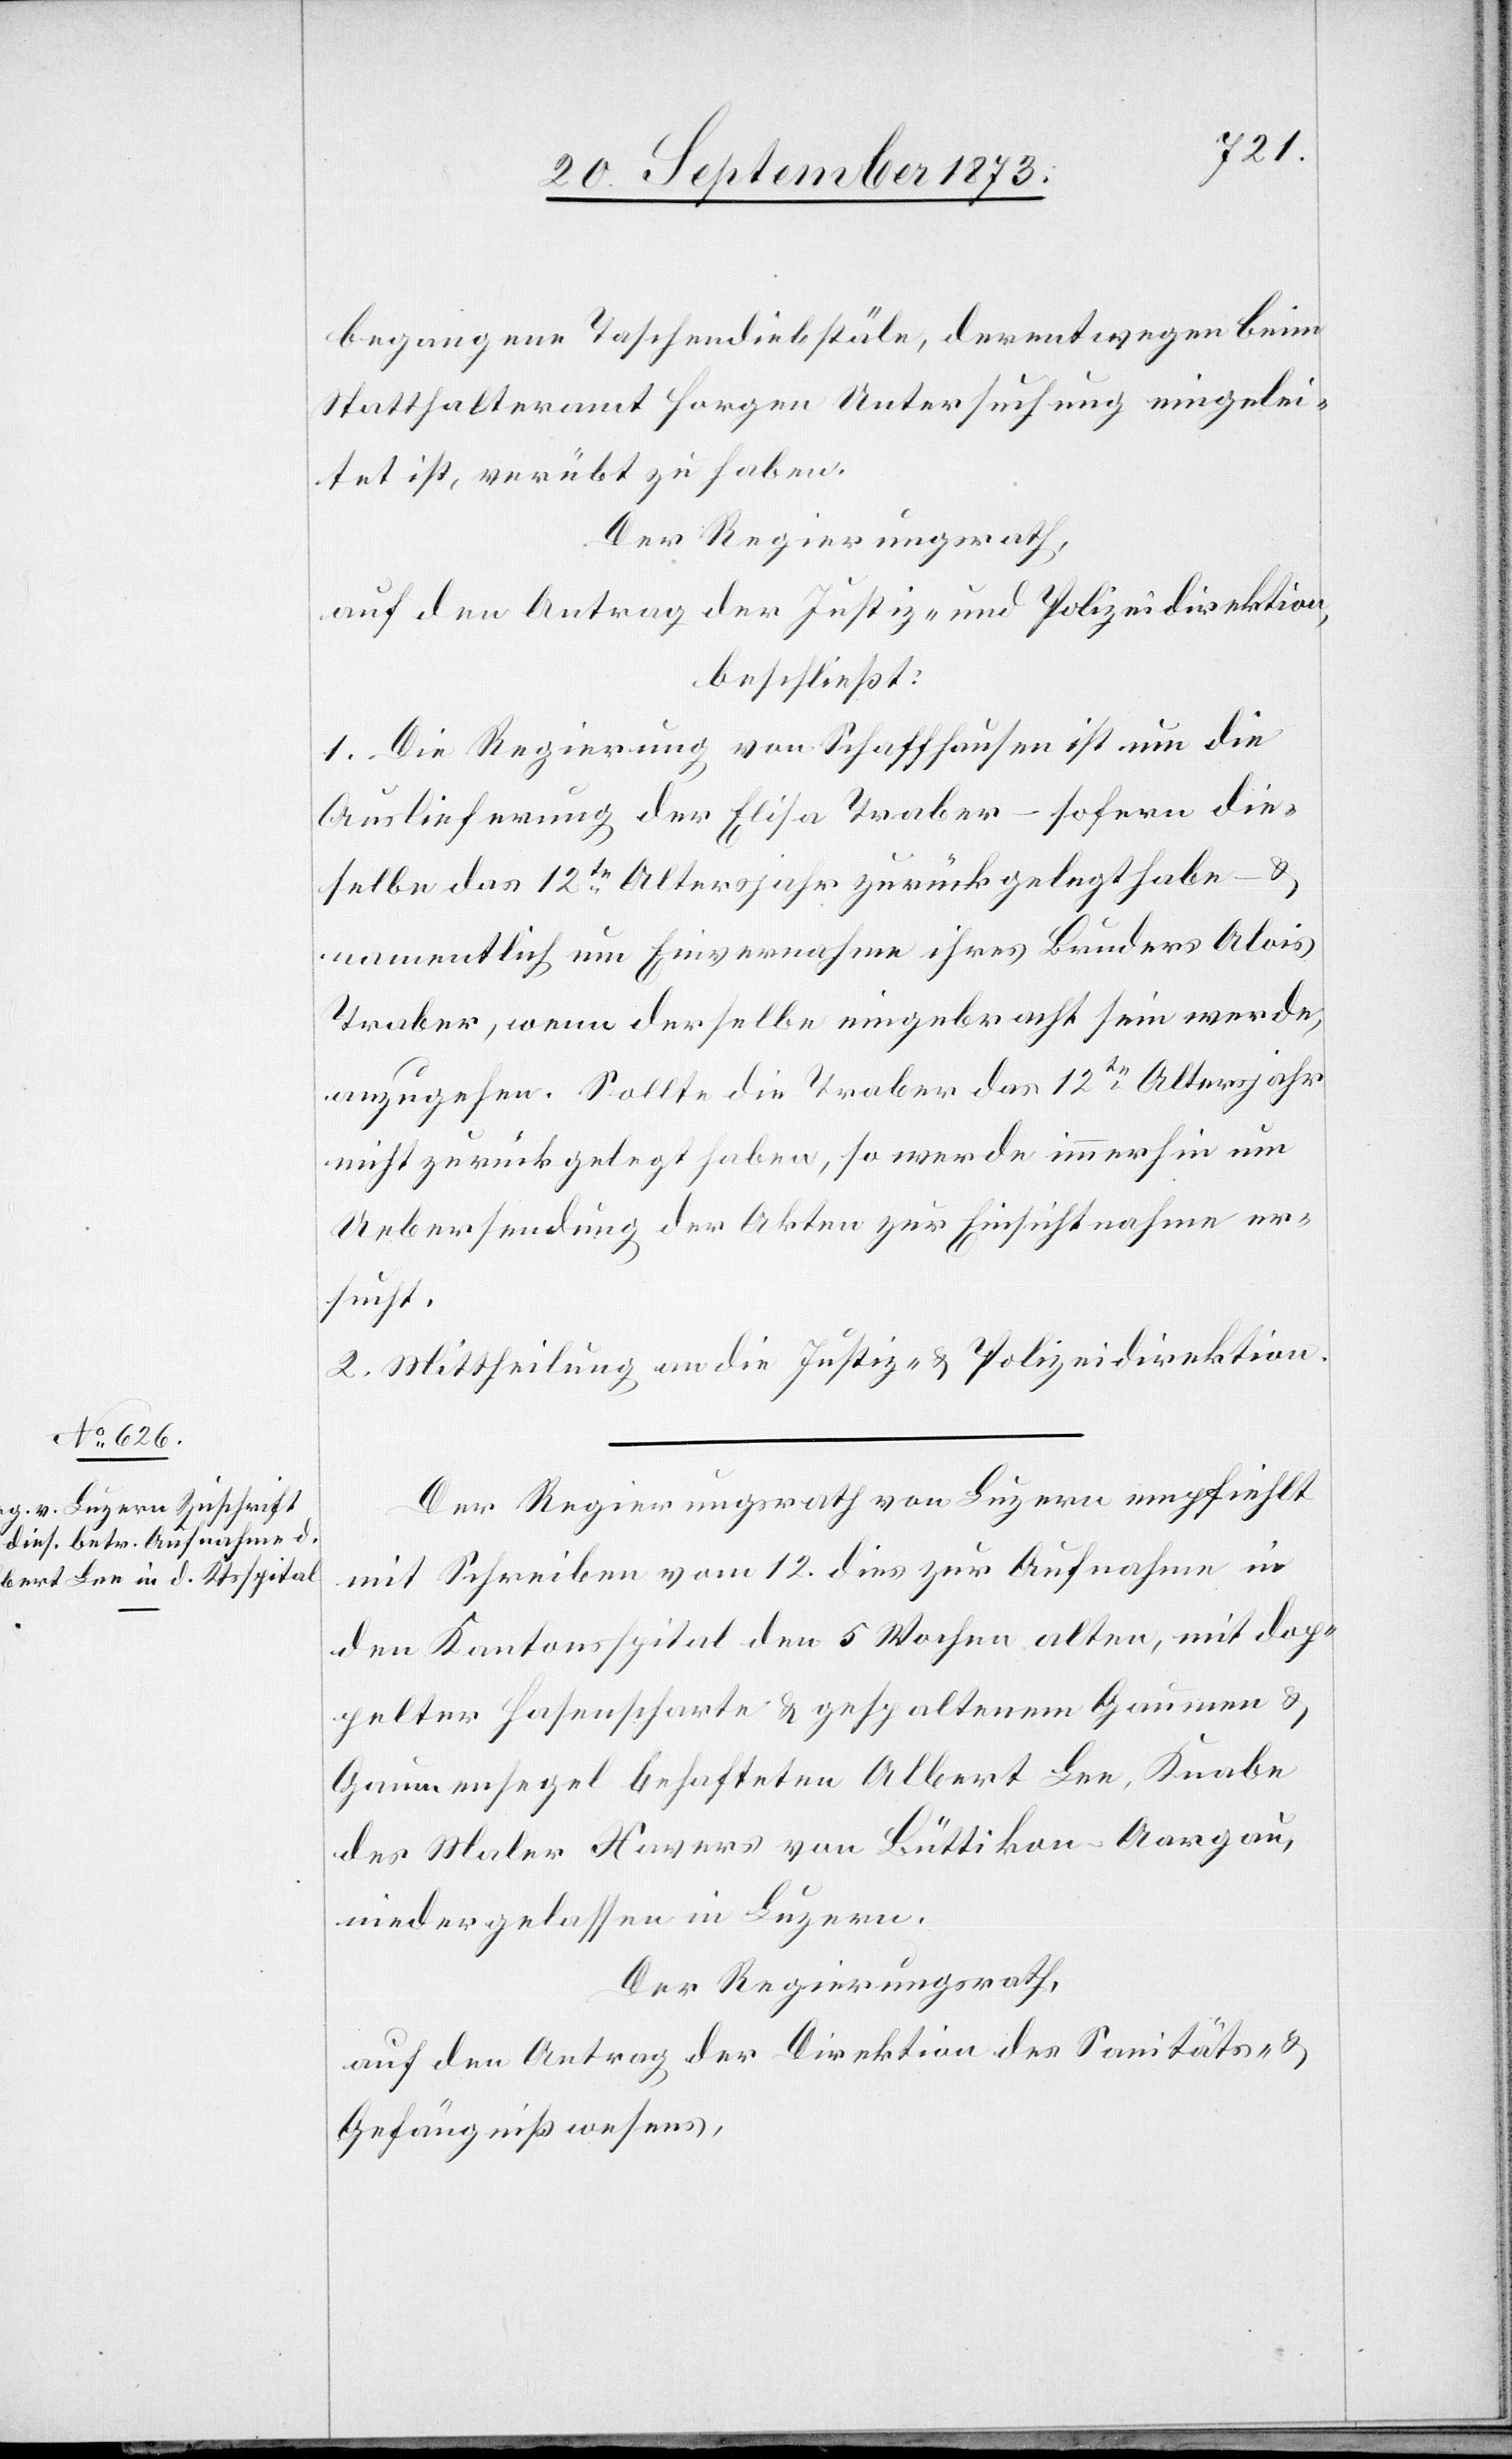
begangene Taschendiebstäle, derentwegen beim
Statthalteramt Horgen Untersuchung eingelei¬
tet ist, verübt zu haben
Der Regierungsrath,
auf den Antrag der Justiz- und Polizeidirektion,
beschließt:
1. Die Regierung von Schaffhausen ist um die
Auslieferung der Elisa Traber – sofern die¬
selbe das 12te Altersjahr zurückgelegt habe – &
namentlich um Einvernahme ihres Bruders Alois
Traber, wenn derselbe eingebracht sein werde,
anzugehen. Sollte die Traber das 12te Altersjahr
nicht zurückgelegt haben, so werde immerhin um
Uebersendung der Akten zur Einsichtnahme er¬
sucht.
2. Mittheilung an die Justiz- & Polizeidirektion.
Der Regierungsrath von Luzern empfiehlt
mit Schreiben vom 12. dies zur Aufnahme in
den Kantonsspital den 5 Wochen alten, mit dop¬
pelter Hasenscharte & gespaltenem Gaumen &
Gaumensegel behafteten Albert Lee, Knabe
des Maler Xavers von Büttikon-Aargau,
niedergelassen in Luzern.
Der Regierungsrath,
auf den Antrag der Direktion des Sanitäts- &
Gefängnißwesens,